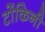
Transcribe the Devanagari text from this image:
टोंकिनी